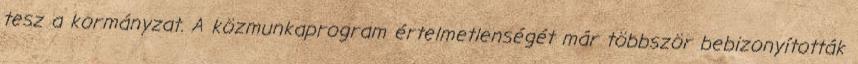
tesz a kormányzat. A közmunkaprogram értelmetlenségét már többször bebizonyították